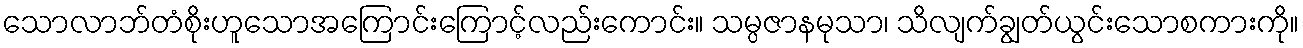
သောလာဘ်တံစိုးဟူသောအကြောင်းကြောင့်လည်းကောင်း။ သမ္ပဇာနမုသာ၊ သိလျက်ချွတ်ယွင်းသောစကားကို။